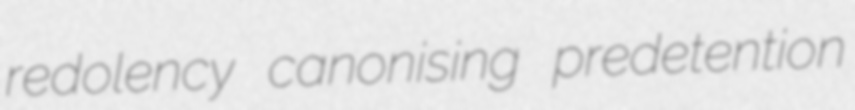
redolency canonising predetention